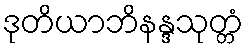
ဒုတိယာဘိနန္ဒသုတ္တံ